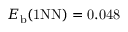
E _ { \mathrm { b } } ( \mathrm { { 1 N N } ) = 0 . 0 4 8 }